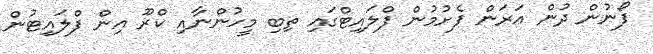
ފޯނުން ދުން އަރަން ފެށުމުން ފްލައިޓްގައި ތިބި މީހުންނާއި ކްރޫ އިން ފްލައިޓުން